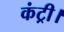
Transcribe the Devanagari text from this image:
कंट्री।